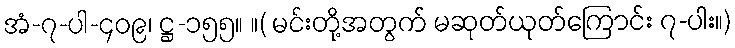
အံ-၇-ပါ-၄၀၉၊ ဋ္ဌ-၁၅၅။ ။( မင်းတို့အတွက် မဆုတ်ယုတ်ကြောင်း ၇-ပါး။)